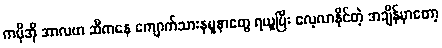
ကမိုအို အာလဗာ ဆီကနေ ကျောက်သားနမူနာတွေ ရယူပြီး လေ့လာနိုင်တဲ့ အချိန်မှာတော့